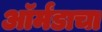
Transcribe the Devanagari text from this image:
ऑर्मंडाचा